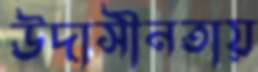
উদাসীনতায়